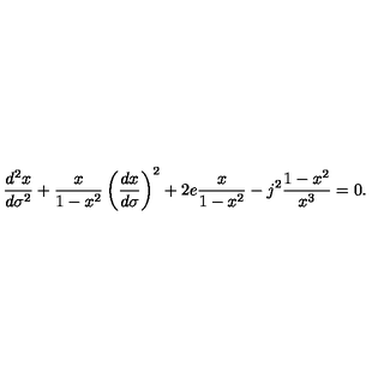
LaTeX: \frac { d ^ { 2 } x } { d \sigma ^ { 2 } } + \frac { x } { 1 - x ^ { 2 } } \left( \frac { d x } { d \sigma } \right) ^ { 2 } + 2 e \frac { x } { 1 - x ^ { 2 } } - j ^ { 2 } \frac { 1 - x ^ { 2 } } { x ^ { 3 } } = 0 .